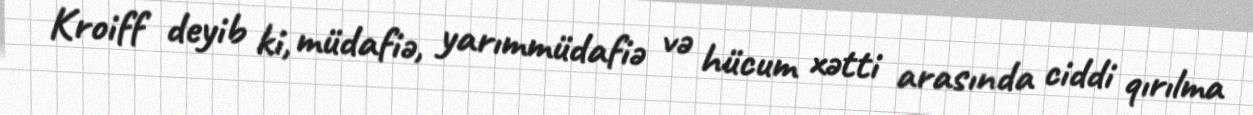
Kroiff deyib ki, müdafiə, yarımmüdafiə və hücum xətti arasında ciddi qırılma